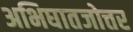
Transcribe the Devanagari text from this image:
अभिघातजोत्तर